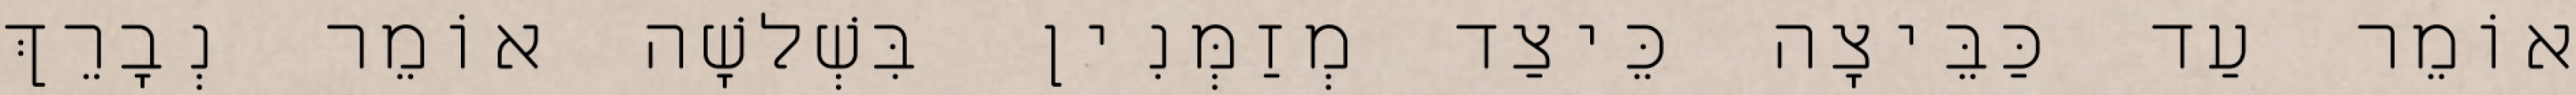
אוֹמֵר עַד כַּבֵּיצָה כֵּיצַד מְזַמְּנִין בִּשְׁלשָׁה אוֹמֵר נְבָרֵךְ